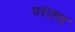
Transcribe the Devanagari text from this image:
परंतपा